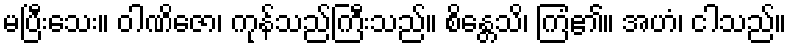
မပြီးသေး။ ဝါဏိဇော၊ ကုန်သည်ကြီးသည်။ စိန္တေသိ၊ ကြံ၏။ အဟံ၊ ငါသည်။